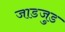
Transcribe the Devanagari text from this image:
जाडजुड